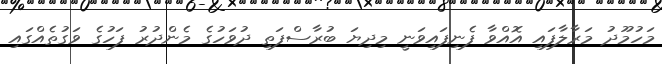
މަހުމޫދު މަރާލާފައި އޮއްވާ ފެނިފައިވަނީ މިދިޔަ ބުރާސްފަތި ދުވަހުގެ މެންދުރު ފަހުގެ ވަގުތެއްގައި